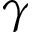
\gamma